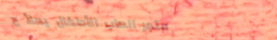
متجر العاب الأطفال يملأ ح